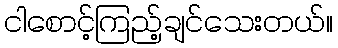
ငါစောင့်ကြည့်ချင်သေးတယ်။